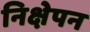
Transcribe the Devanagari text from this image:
निक्षेपन